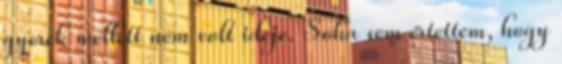
gyerek mellett nem volt ideje. Soha sem értettem, hogy